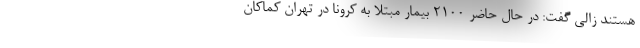
هستند زالی گفت: در حال حاضر ۲۱۰۰ بیمار مبتلا به کرونا در تهران کماکان